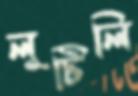
লুটিলি